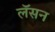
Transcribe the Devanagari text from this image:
लॅसन